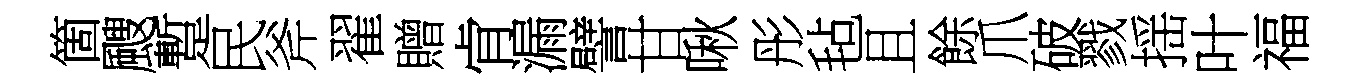
箇颼蹔民斧翟贈肻漏譬甘啾彤毡且餘爪破戮揺叶福